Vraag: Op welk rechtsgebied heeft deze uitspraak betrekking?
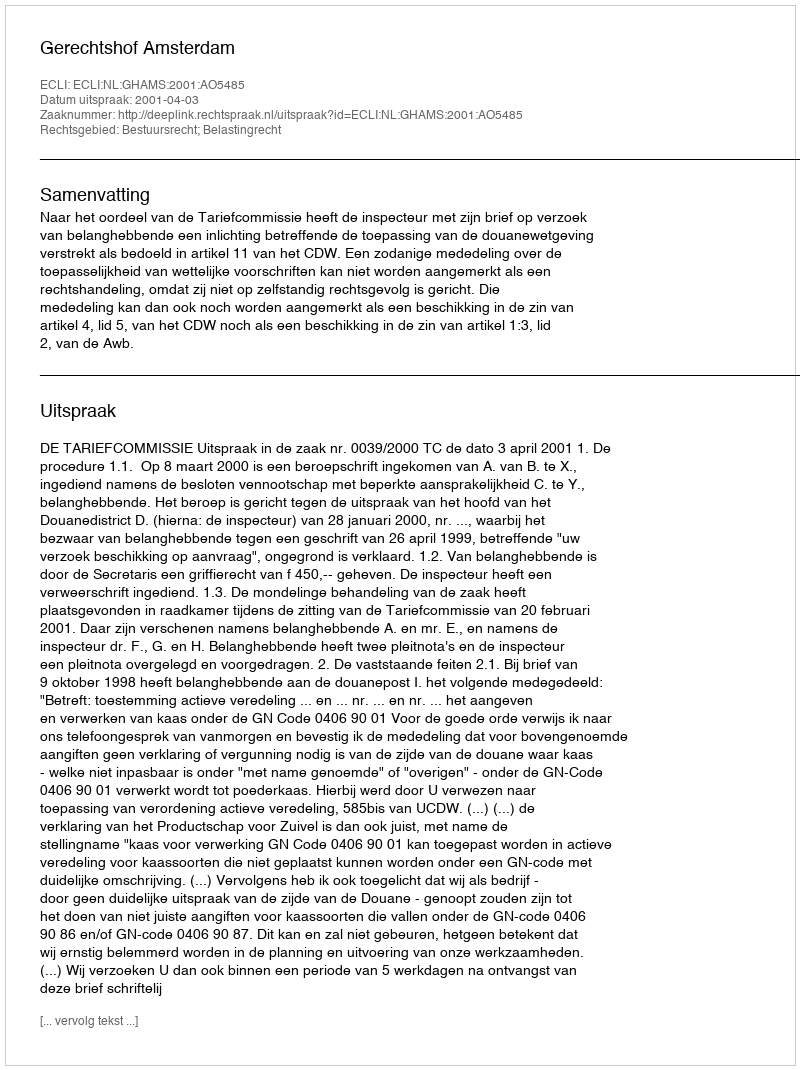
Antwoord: Bestuursrecht; Belastingrecht